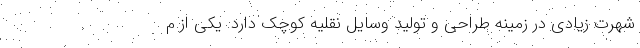
شهرت زیادی در زمینه طراحی و تولید وسایل نقلیه کوچک دارد. یکی از م